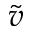
\tilde { v }